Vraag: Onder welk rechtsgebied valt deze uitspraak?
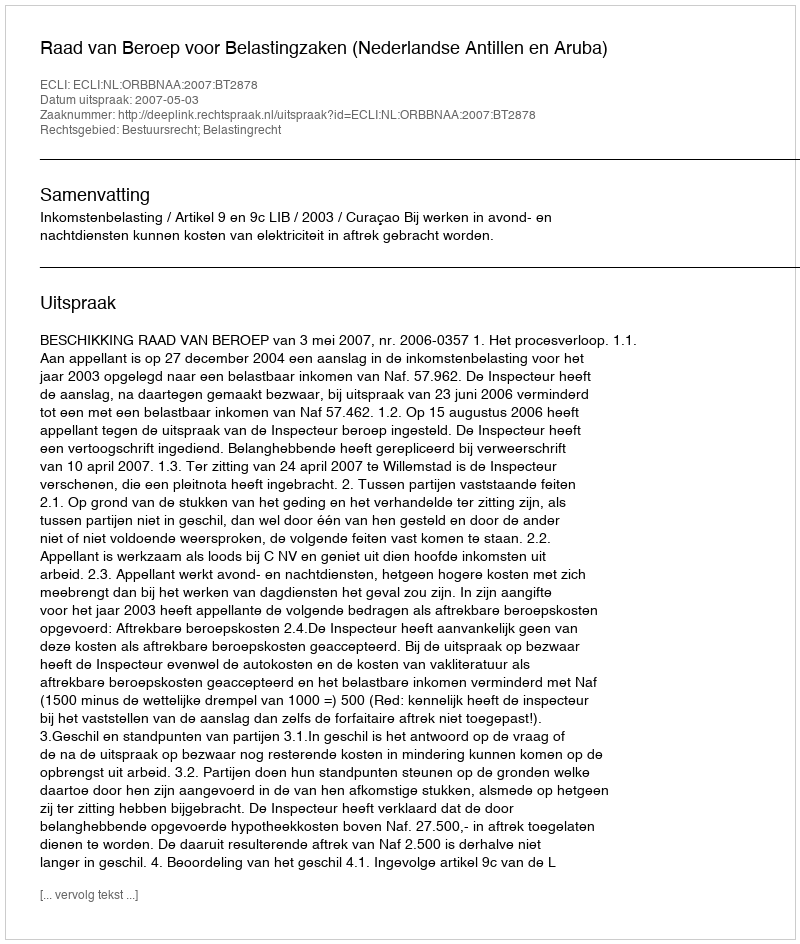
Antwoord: Bestuursrecht; Belastingrecht